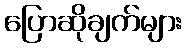
ပြောဆိုချက်များ